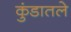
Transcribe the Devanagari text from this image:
कुंडातले